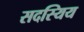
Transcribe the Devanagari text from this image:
सदस्यिय